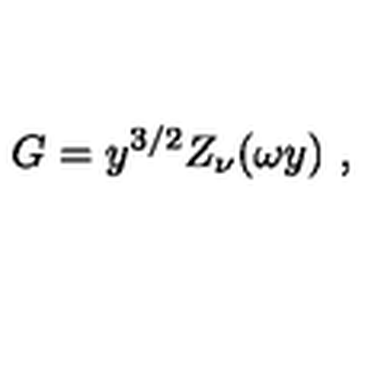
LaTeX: G = y ^ { 3 / 2 } Z _ { \nu } ( \omega y ) \ ,